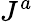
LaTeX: J^{a}